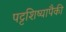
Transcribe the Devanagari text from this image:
पट्टशिष्यापैकी